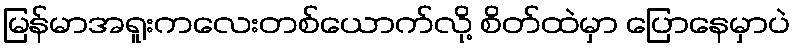
မြန်မာအရူးကလေးတစ်ယောက်လို့ စိတ်ထဲမှာ ပြောနေမှာပဲ